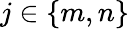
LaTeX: j\in\{ m,n\}